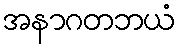
အနာဂတဘယံ